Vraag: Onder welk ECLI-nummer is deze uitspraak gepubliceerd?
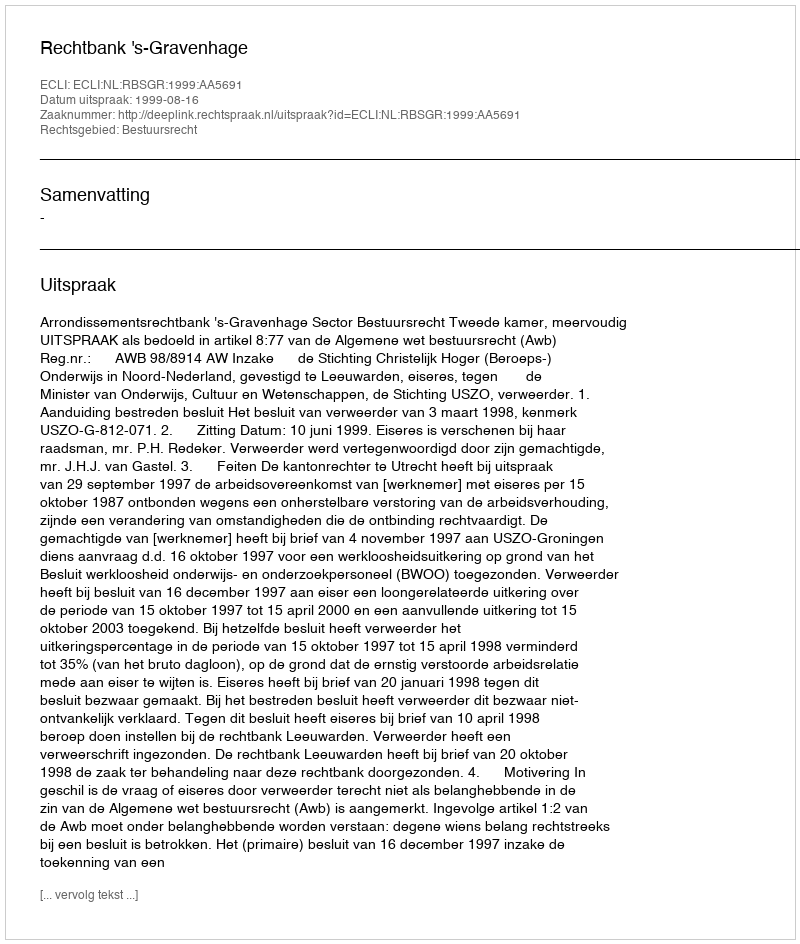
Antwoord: ECLI:NL:RBSGR:1999:AA5691